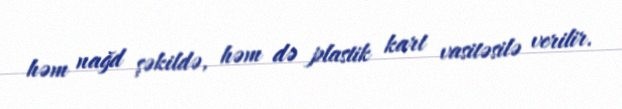
həm nağd şəkildə, həm də plastik kart vasitəsilə verilir.